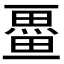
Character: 𭻩